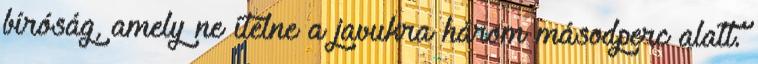
bíróság, amely ne ítélne a javukra három másodperc alatt.